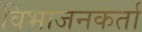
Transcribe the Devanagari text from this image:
विभाजनकर्ता